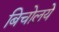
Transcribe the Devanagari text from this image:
बिचोलये